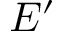
E ^ { \prime }